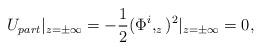
LaTeX: \begin{align*}U_{part}\vert _{z=\pm \infty}=-\frac 12 (\Phi ^i ,_z)^2 \vert _{z=\pm \infty}=0,\end{align*}